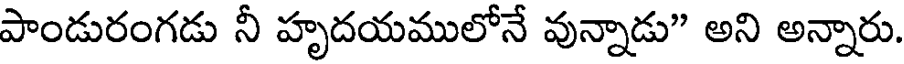
పాండురంగడు నీ హృదయములోనే వున్నాడు" అని అన్నారు.